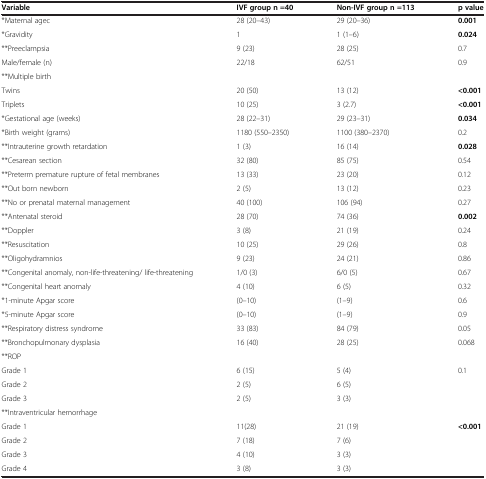
<table><thead><tr><td><b>Variable</b></td><td><b>IVF group n =40</b></td><td><b>Non-IVF group n =113</b></td><td><b>p value</b></td></tr></thead><tbody><tr><td>*Maternal agec</td><td>28 (20–43)</td><td>29 (20–36)</td><td><b>0.001</b></td></tr><tr><td>*Gravidity</td><td>1</td><td>1 (1–6)</td><td><b>0.024</b></td></tr><tr><td>**Preeclampsia</td><td>9 (23)</td><td>28 (25)</td><td>0.7</td></tr><tr><td>Male/female (n)</td><td>22/18</td><td>62/51</td><td>0.9</td></tr><tr><td>**Multiple birth</td><td> </td><td> </td><td> </td></tr><tr><td>Twins</td><td>20 (50)</td><td>13 (12)</td><td><b>&lt;0.001</b></td></tr><tr><td>Triplets</td><td>10 (25)</td><td>3 (2.7)</td><td><b>&lt;0.001</b></td></tr><tr><td>*Gestational age (weeks)</td><td>28 (22–31)</td><td>29 (23–31)</td><td><b>0.034</b></td></tr><tr><td>*Birth weight (grams)</td><td>1180 (550–2350)</td><td>1100 (380–2370)</td><td>0.2</td></tr><tr><td>**Intrauterine growth retardation</td><td>1 (3)</td><td>16 (14)</td><td><b>0.028</b></td></tr><tr><td>**Cesarean section</td><td>32 (80)</td><td>85 (75)</td><td>0.54</td></tr><tr><td>**Preterm premature rupture of fetal membranes</td><td>13 (33)</td><td>23 (20)</td><td>0.12</td></tr><tr><td>**Out born newborn</td><td>2 (5)</td><td>13 (12)</td><td>0.23</td></tr><tr><td>**No or prenatal maternal management</td><td>40 (100)</td><td>106 (94)</td><td>0.27</td></tr><tr><td>**Antenatal steroid</td><td>28 (70)</td><td>74 (36)</td><td><b>0.002</b></td></tr><tr><td>**Doppler</td><td>3 (8)</td><td>21 (19)</td><td>0.24</td></tr><tr><td>**Resuscitation</td><td>10 (25)</td><td>29 (26)</td><td>0.8</td></tr><tr><td>**Oligohydramnios</td><td>9 (23)</td><td>24 (21)</td><td>0.86</td></tr><tr><td>**Congenital anomaly, non-life-threatening/ life-threatening</td><td>1/0 (3)</td><td>6/0 (5)</td><td>0.67</td></tr><tr><td>**Congenital heart anomaly</td><td>4 (10)</td><td>6 (5)</td><td>0.32</td></tr><tr><td>*1-minute Apgar score</td><td>(0–10)</td><td>(1–9)</td><td>0.6</td></tr><tr><td>*5-minute Apgar score</td><td>(0–10)</td><td>(1–9)</td><td>0.9</td></tr><tr><td>**Respiratory distress syndrome</td><td>33 (83)</td><td>84 (79)</td><td>0.05</td></tr><tr><td>**Bronchopulmonary dysplasia</td><td>16 (40)</td><td>28 (25)</td><td>0.068</td></tr><tr><td>**ROP</td><td> </td><td> </td><td> </td></tr><tr><td>Grade 1</td><td>6 (15)</td><td>5 (4)</td><td>0.1</td></tr><tr><td>Grade 2</td><td>2 (5)</td><td>6 (5)</td><td> </td></tr><tr><td>Grade 3</td><td>2 (5)</td><td>3 (3)</td><td> </td></tr><tr><td>**Intraventricular hemorrhage</td><td> </td><td> </td><td> </td></tr><tr><td>Grade 1</td><td>11(28)</td><td>21 (19)</td><td><b>&lt;0.001</b></td></tr><tr><td>Grade 2</td><td>7 (18)</td><td>7 (6)</td><td> </td></tr><tr><td>Grade 3</td><td>4 (10)</td><td>3 (3)</td><td> </td></tr><tr><td>Grade 4</td><td>3 (8)</td><td>3 (3)</td><td> </td></tr></tbody></table>